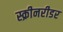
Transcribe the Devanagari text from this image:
स्क्रीनरीडर